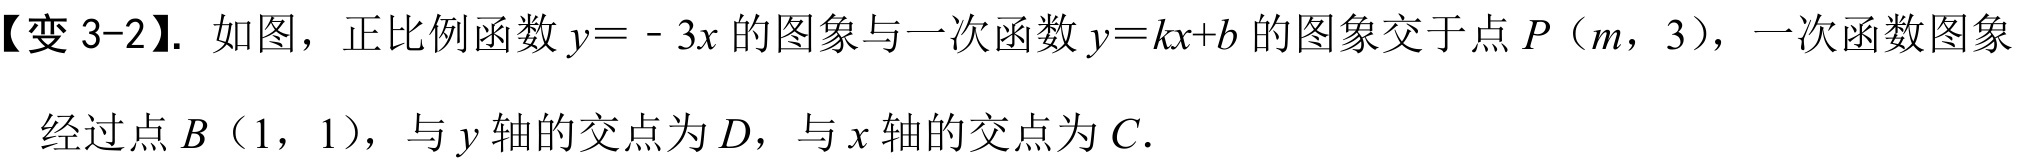
【变 3-2】. 如图，正比例函数\(y = - 3x\)的图象与一次函数\(y = kx + b\)的图象交于点\(P\)（\(m\)，3），一次函数图象经过点\(B\)（1，1），与\(y\)轴的交点为\(D\)，与\(x\)轴的交点为\(C\).